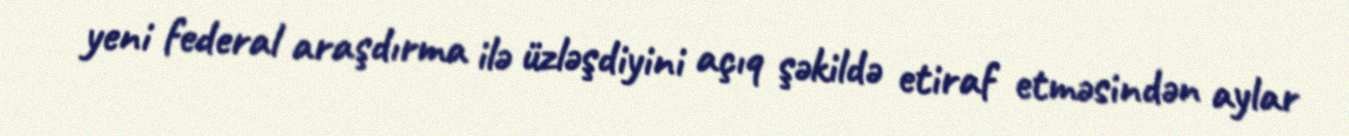
yeni federal araşdırma ilə üzləşdiyini açıq şəkildə etiraf etməsindən aylar